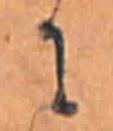
に